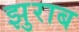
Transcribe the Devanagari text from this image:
झुराब